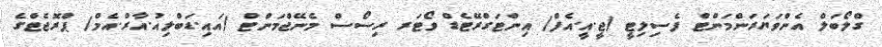
ގްލޯބަލް އެންވަޔަރަންމަންޓް ފެސިލިޓީ (ޖީ.އީ.އެފް) އިންޓަގްރޭޓެޑް ވޯޓަރ ރިސޯސް މެނޭޖްމަންޓް (އައި.ޑަބްލިއު.އާރް.އެމް) ޕްރޮޖެޓްގެ